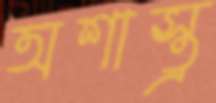
অশাস্ত্র